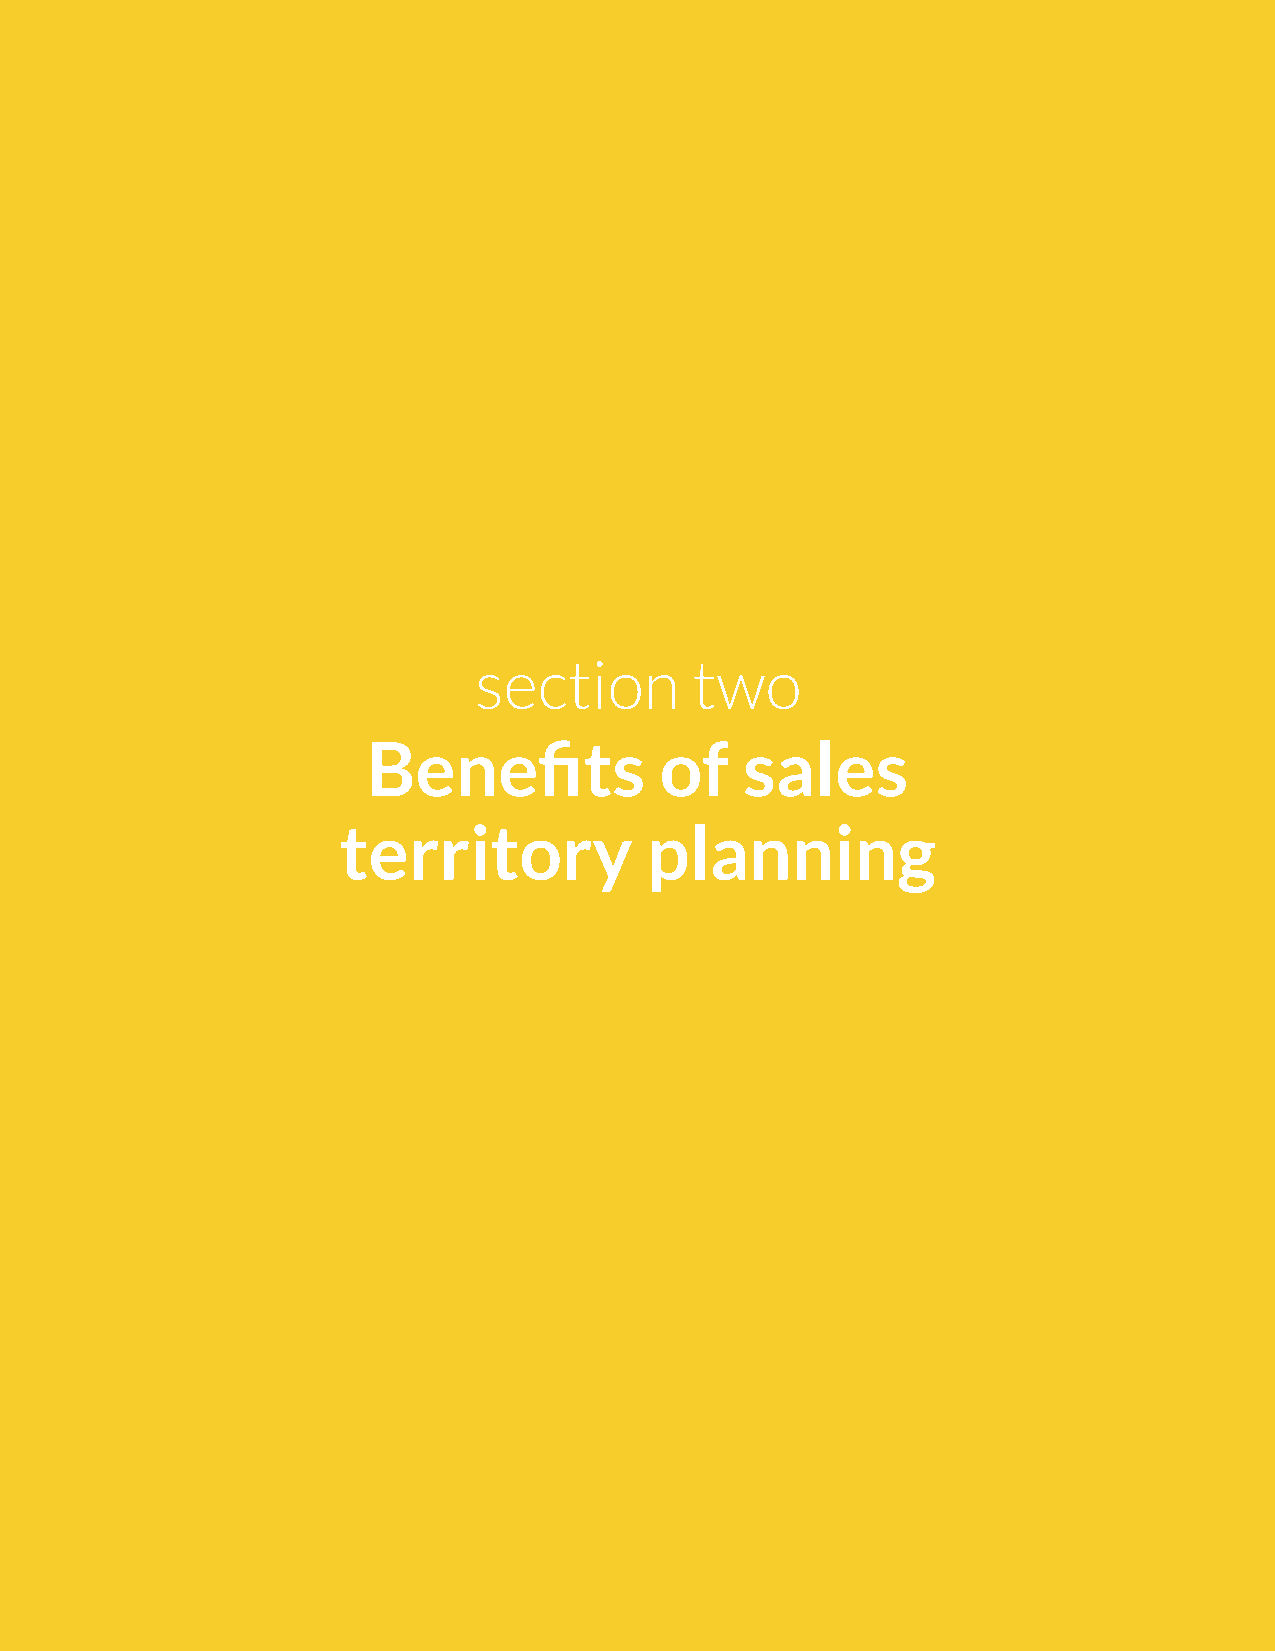
section        two
 Benefits            of   sales
 territory            planning
 3